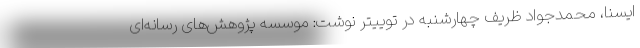
ایسنا، محمدجواد ظریف چهارشنبه در توییتر نوشت: موسسه پژوهش‌های رسانه‌ای